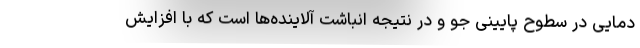
دمایی در سطوح پایینی جو و در نتیجه انباشت آلاینده‌ها است که با افزایش